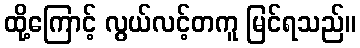
ထို့ကြောင့် လွယ်လင့်တကူ မြင်ရသည်။